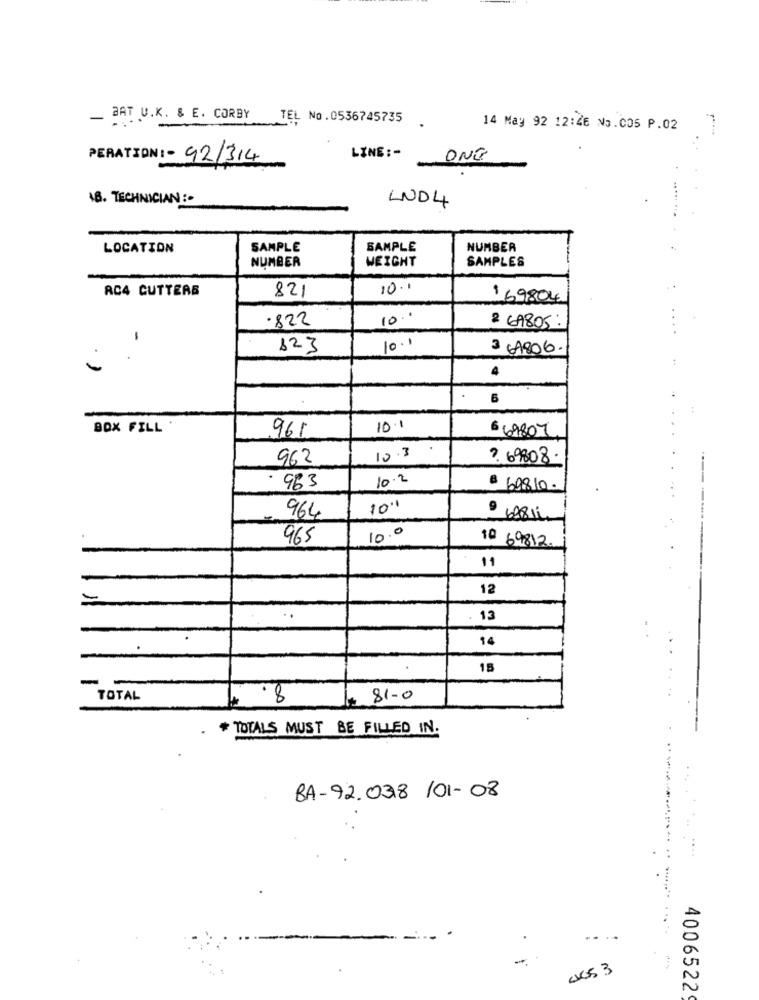
_ BAT U.K. & E. CORBY
TEL No.0536745735 .
14 May 92 12:46 No. CO5 P.02
PERATION: - 92/314
LINE :-
-
ONG
16. TECHNICIAN : -
LND4
LOCATION
SAMPLE
SAMPLE
NUMBER
NUMBER
WEIGHT
SAMPLES
AC4 CUTTERS
821
10.1
169804
.822
10 ..
2 69805:
-
123
10.1
3 6A806.
4
6
BOX FILL .
961
10.1
6 69807
962
10.3
? 69808.
10.2
963
$ 60810.
10''
964
9 68811
965
10.0
10 69812.
11
12
..
13
14
15
TOTAL
4 .8
# 81-0
* TOTALS MUST BE FILLED IN.
BA-92.038 /01-08
.. .
LOS 3
40065229